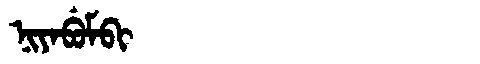
Manchu: ᠨᡳᠶᠠᠪᡠᠮᠪᡳ
Romanization: NIYABUMBI